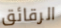
الرقائق